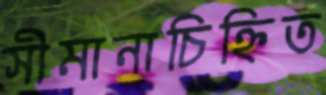
সীমানাচিহ্নিত